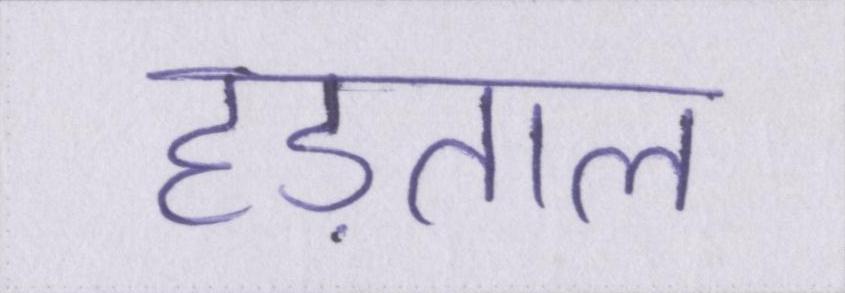
हड़ताल